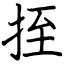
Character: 挃